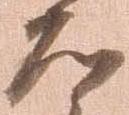
道